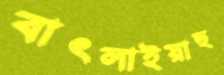
বাৎলাইয়াছ